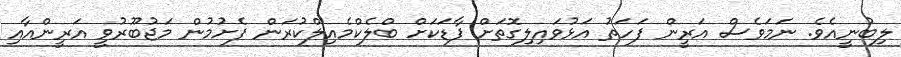
ލިބުނީއެވެ. ނަމަވެސް އަރީން ފަހަތު އަޅުވައިލިގޮތަށް ފާޑަކަށް ބްލެކްމެއިލްކުރަން ފެށުމުން މަޖުބޫރުވީ އަރީންއާއި